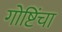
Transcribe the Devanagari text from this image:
गोष्टिंचा